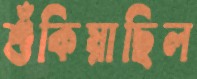
শুঁকিয়াছিল